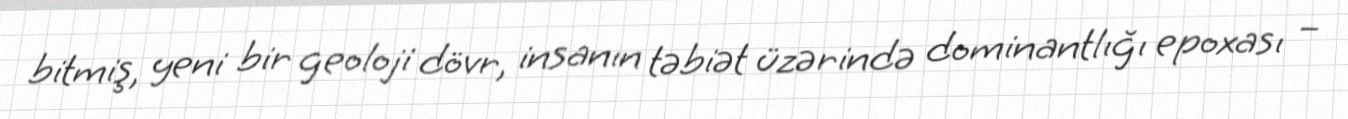
bitmiş, yeni bir geoloji dövr, insanın təbiət üzərində dominantlığı epoxası –